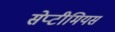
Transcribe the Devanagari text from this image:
सेप्टीमियस